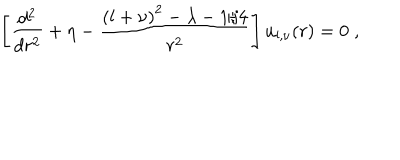
\left[ \frac { d ^ { 2 } } { d r ^ { 2 } } + \eta - \frac { \left( l + \nu \right) ^ { 2 } - \lambda - 1 / 4 } { r ^ { 2 } } \right] u _ { l , \nu } ( r ) = 0 \; ,